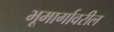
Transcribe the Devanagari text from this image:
भूमार्गावरील